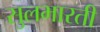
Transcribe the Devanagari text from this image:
सुलभारती